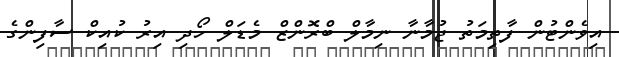
އިވެންޓުން ފާތިމަތު ޖުމާނާ ނިމާލް ބްރޮންޒް މެޑަލް ހޯދި އިރު ކުއިކް ސާފިންގެ